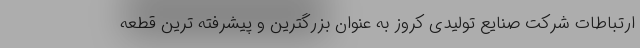
ارتباطات شرکت صنایع تولیدی کروز به عنوان بزرگترین و پیشرفته ترین قطعه